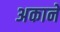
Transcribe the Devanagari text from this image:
अकाने